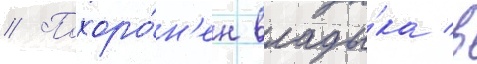
// Похоро́н'ен влады́ка в